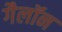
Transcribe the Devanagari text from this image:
गैलॉन